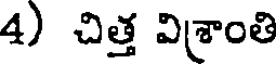
4) చిత్త విశ్రాంతి